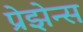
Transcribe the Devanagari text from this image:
प्रेझेन्स